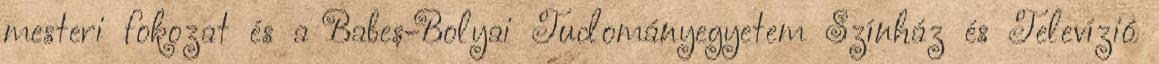
mesteri fokozat és a Babeș-Bolyai Tudományegyetem Színház és Televízió